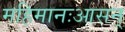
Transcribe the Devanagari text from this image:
महिमानःआसन्